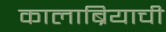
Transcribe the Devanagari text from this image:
कालाब्रियाची